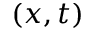
( x , t )